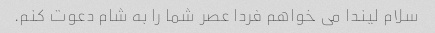
سلام لیندا می خواهم فردا عصر شما را به شام ​​دعوت کنم.